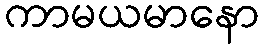
ကာမယမာနော